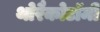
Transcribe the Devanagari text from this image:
थोरैकोटॉमी